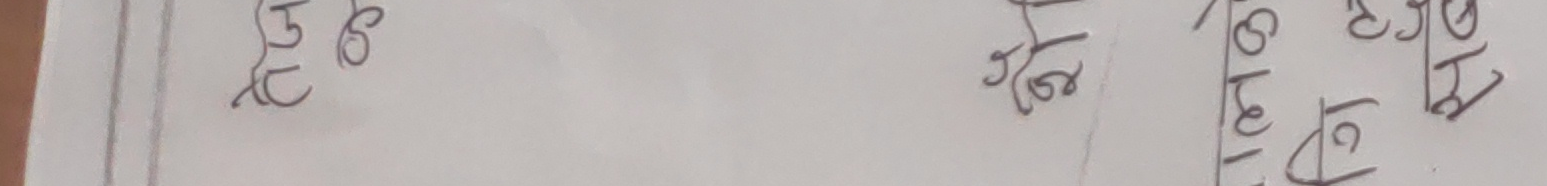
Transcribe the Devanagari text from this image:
टु गो कु
कु दे टु